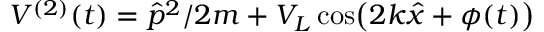
V ^ { ( 2 ) } ( t ) = \hat { p } ^ { 2 } / 2 m + V _ { L } \cos \bigl ( 2 k \hat { x } + \phi ( t ) \bigr )